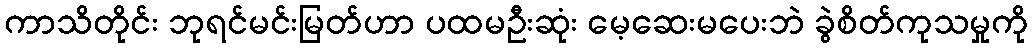
ကာသိတိုင်း ဘုရင်မင်းမြတ်ဟာ ပထမဦးဆုံး မေ့ဆေးမပေးဘဲ ခွဲစိတ်ကုသမှုကို